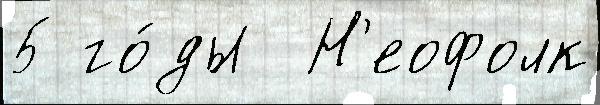
5 го́ды  Н'еофолк